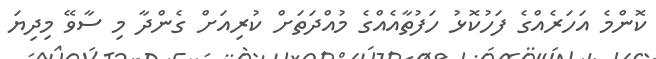
ކޮންމެ އަހަރެއްގެ ފަހުކޮޅު ހަފުތާއެއްގެ މުއްދަތަށް ކުރިއަށް ގެންދާ މި ސާވޭ މިދިޔަ